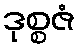
ဒုစ္စဇံ